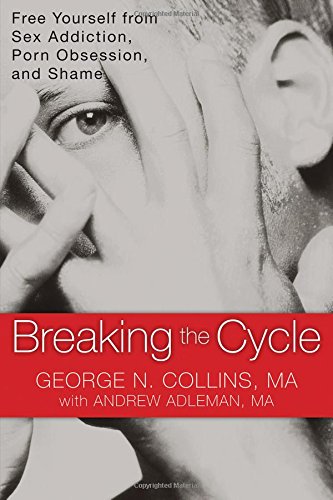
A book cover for Breaking the Cycle: Free Yourself from Sex Addiction, Porn Obsession, and Shame; George Collins MA; Health, Fitness & Dieting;